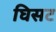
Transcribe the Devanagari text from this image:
घिसट